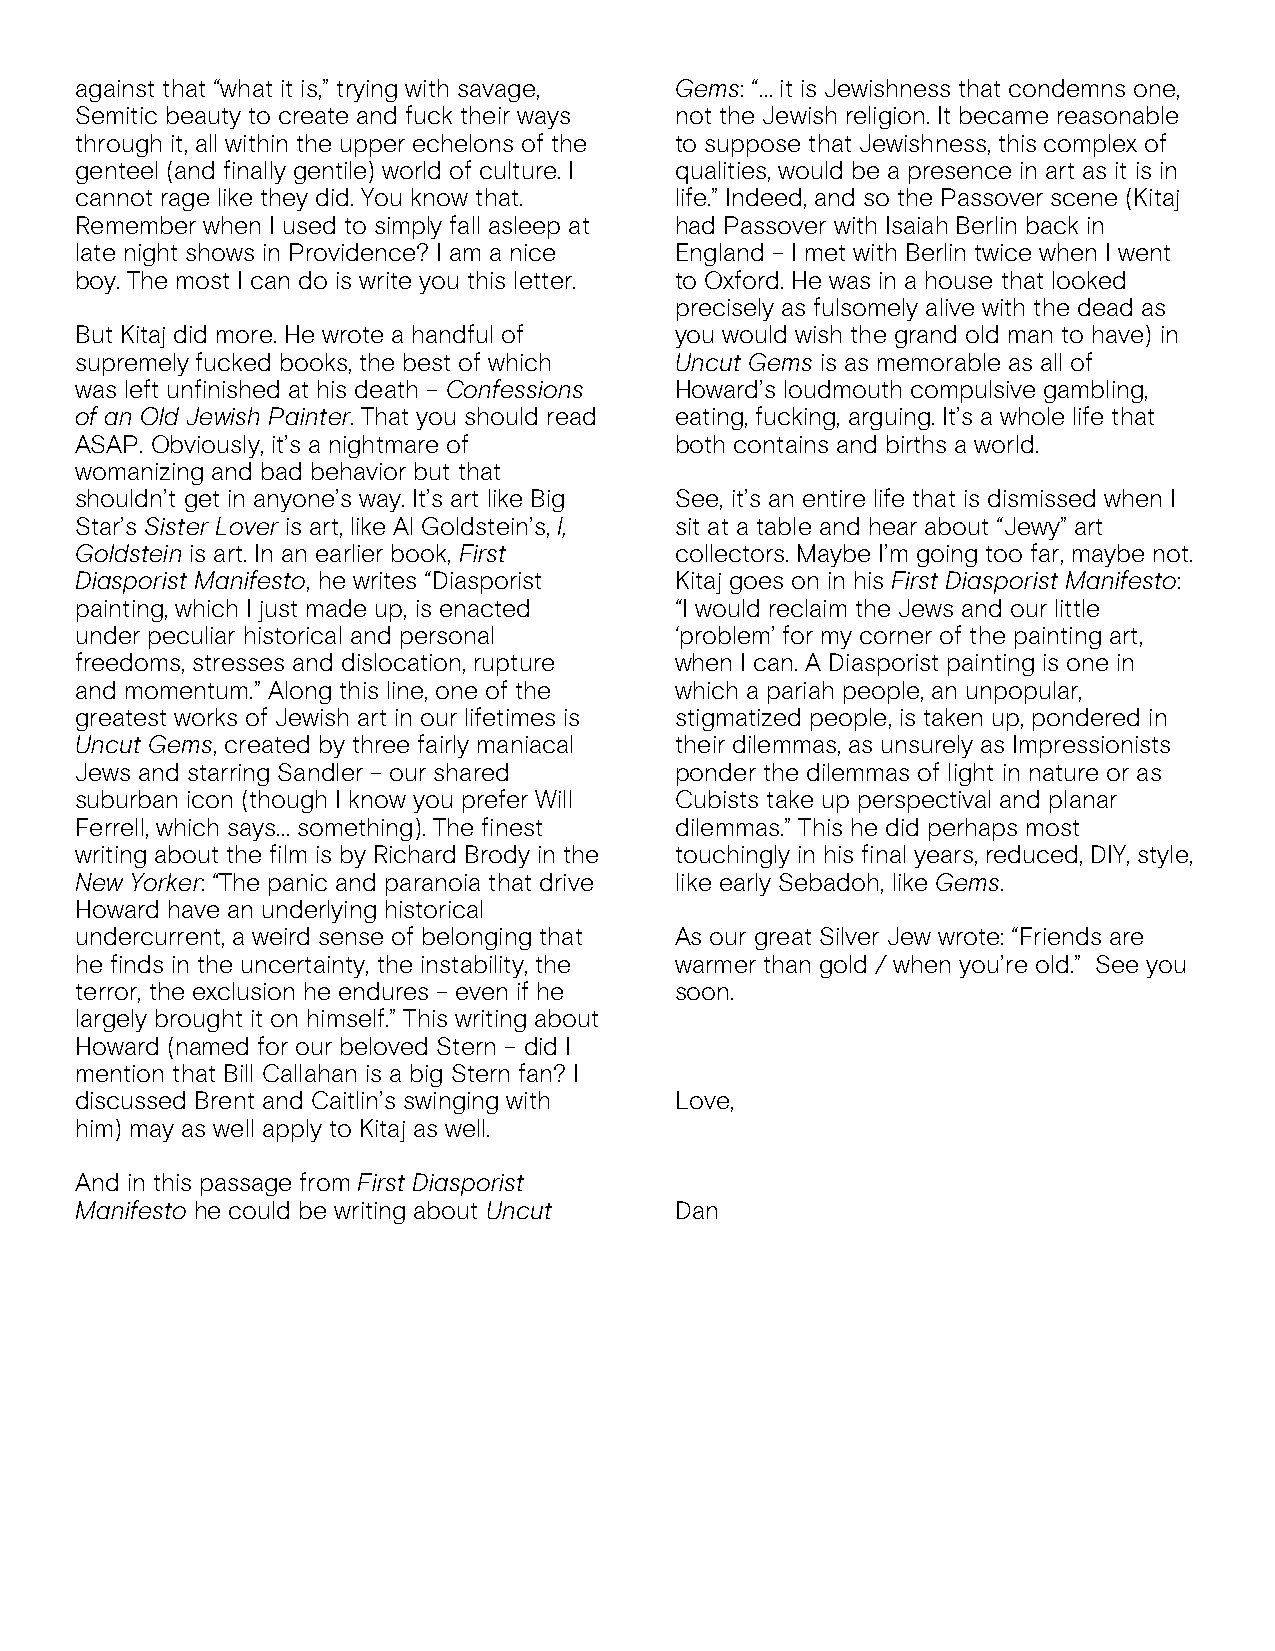
against that “what it is,” trying with savage, Gems: “… it is Jewishness that condemns one,
 Semitic beauty to create and fuck their ways not the Jewish religion. It became reasonable
 through it, all within the upper echelons of the to suppose that Jewishness, this complex of
 genteel (and finally gentile) world of culture. I qualities, would be a presence in art as it is in
 cannot rage like they did. You know that. life.” Indeed, and so the Passover scene (Kitaj
 Remember when I used to simply fall asleep at had Passover with Isaiah Berlin back in
 late night shows in Providence? I am a nice England – I met with Berlin twice when I went
 boy. The most I can do is write you this letter. to Oxford. He was in a house that looked
 precisely as fulsomely alive with the dead as
 But Kitaj did more. He wrote a handful of you would wish the grand old man to have) in
 supremely fucked books, the best of which Uncut Gems is as memorable as all of
 was left unfinished at his death – Confessions Howard’s loudmouth compulsive gambling,
 of an Old Jewish Painter. That you should read eating, fucking, arguing. It’s a whole life that
 ASAP. Obviously, it’s a nightmare of    both contains and births a world.
 womanizing and bad behavior but that
 shouldn’t get in anyone’s way. It’s art like Big See, it’s an entire life that is dismissed when I
 Star’s Sister Lover is art, like Al Goldstein’s, I, sit at a table and hear about “Jewy” art
 Goldstein is art. In an earlier book, First collectors. Maybe I’m going too far, maybe not.
 Diasporist Manifesto, he writes “Diasporist Kitaj goes on in his First Diasporist Manifesto:
 painting, which I just made up, is enacted “I would reclaim the Jews and our little
 under peculiar historical and personal  ‘problem’ for my corner of the painting art,
 freedoms, stresses and dislocation, rupture when I can. A Diasporist painting is one in
 and momentum.” Along this line, one of the which a pariah people, an unpopular,
 greatest works of Jewish art in our lifetimes is stigmatized people, is taken up, pondered in
 Uncut Gems, created by three fairly maniacal their dilemmas, as unsurely as Impressionists
 Jews and starring Sandler – our shared  ponder the dilemmas of light in nature or as
 suburban icon (though I know you prefer Will Cubists take up perspectival and planar
 Ferrell, which says… something). The finest dilemmas.” This he did perhaps most
 writing about the film is by Richard Brody in the touchingly in his final years, reduced, DIY, style,
 New Yorker: “The panic and paranoia that drive like early Sebadoh, like Gems.
 Howard have an underlying historical
 undercurrent, a weird sense of belonging that As our great Silver Jew wrote: “Friends are
 he finds in the uncertainty, the instability, the warmer than gold / when you’re old.” See you
 terror, the exclusion he endures – even if he soon.
 largely brought it on himself.” This writing about
 Howard (named for our beloved Stern – did I
 mention that Bill Callahan is a big Stern fan? I
 discussed Brent and Caitlin’s swinging with Love,
 him) may as well apply to Kitaj as well.
 And in this passage from First Diasporist
 Manifesto he could be writing about Uncut Dan